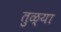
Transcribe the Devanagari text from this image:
तुळ्या